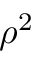
\rho ^ { 2 }